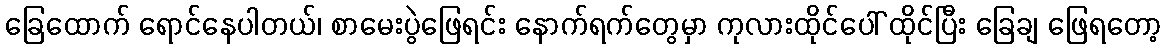
ခြေထောက် ရောင်နေပါတယ်၊ စာမေးပွဲဖြေရင်း နောက်ရက်တွေမှာ ကုလားထိုင်ပေါ် ထိုင်ပြီး ခြေချ ဖြေရတော့